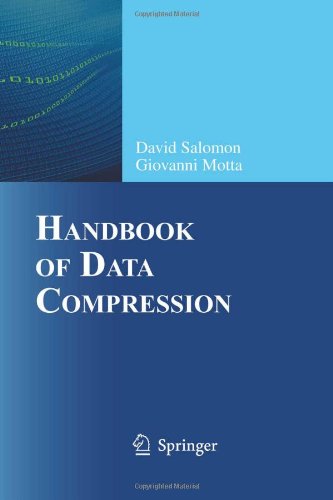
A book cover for Handbook of Data Compression; David Salomon; Computers & Technology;